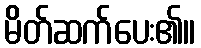
မိတ်ဆက်ပေး၏။